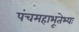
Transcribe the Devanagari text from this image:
पंचमहाभूतेभ्यः